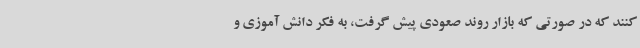
کنند که در صورتی که بازار روند صعودی پیش گرفت، به فکر دانش آموزی و